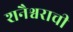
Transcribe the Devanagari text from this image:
शनैश्वराची